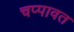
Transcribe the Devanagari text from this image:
चप्पावत